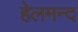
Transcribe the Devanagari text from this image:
हेलमन्द